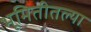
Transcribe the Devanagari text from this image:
भूमितीतल्या